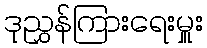
ဒုညွှန်ကြားရေးမှူး